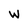
Character: W